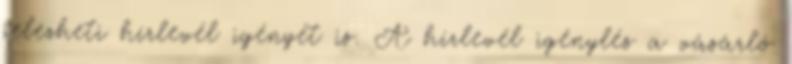
jelezheti hírlevél igényét is. A hírlevél igénylés a vásárló